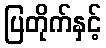
ပြတိုက်နှင့်